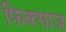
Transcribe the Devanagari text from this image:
फिक्साज